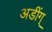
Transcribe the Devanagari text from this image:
अडींग्